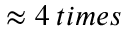
\approx 4 \: t i m e s